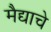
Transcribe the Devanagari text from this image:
मैद्याचे